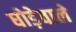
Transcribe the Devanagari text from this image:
घोड़ेवाले